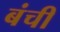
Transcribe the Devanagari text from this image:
बंची